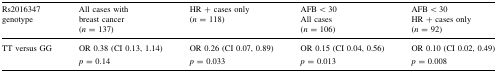
<table><thead><tr><td><b>Rs2016347genotype</b></td><td><b>All cases withbreast cancer(<i>n</i> = 137)</b></td><td><b>HR + cases only(<i>n</i> = 118)</b></td><td><b>AFB &lt; 30All cases(<i>n</i> = 106)</b></td><td><b>AFB &lt; 30HR + cases only(<i>n</i> = 92)</b></td></tr></thead><tbody><tr><td>TT versus GG</td><td>OR 0.38 (CI 0.13, 1.14)<i>p</i> = 0.14</td><td>OR 0.26 (CI 0.07, 0.89)<i>p</i> = 0.033</td><td>OR 0.15 (CI 0.04, 0.56)<i>p</i> = 0.013</td><td>OR 0.10 (CI 0.02, 0.49)<i>p</i> = 0.008</td></tr></tbody></table>